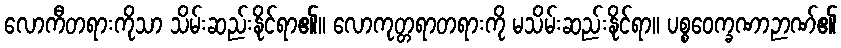
လောကီတရားကိုသာ သိမ်းဆည်းနိုင်ရာ၏။ လောကုတ္တရာတရားကို မသိမ်းဆည်းနိုင်ရာ။ ပစ္စဝေက္ခဏာဉာဏ်၏